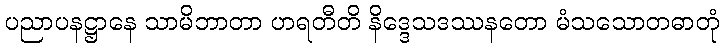
ပညာပနဋ္ဌာနေ သာမိဘာတာ ဟရတီတိ နိဒ္ဒေသဒဿနတော မံသသောတဓာတုံ